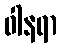
ဝါနရာ